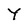
Character: Y